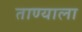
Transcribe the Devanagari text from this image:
ताण्याला